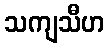
သကျသီဟ